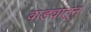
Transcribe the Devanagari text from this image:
वाड्यांतून